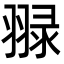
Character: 䎑